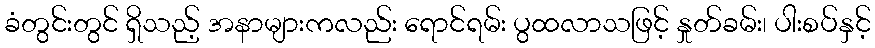
ခံတွင်းတွင် ရှိသည့် အနာများကလည်း ရောင်ရမ်း ပွထလာသဖြင့် နှုတ်ခမ်း၊ ပါးစပ်နှင့်